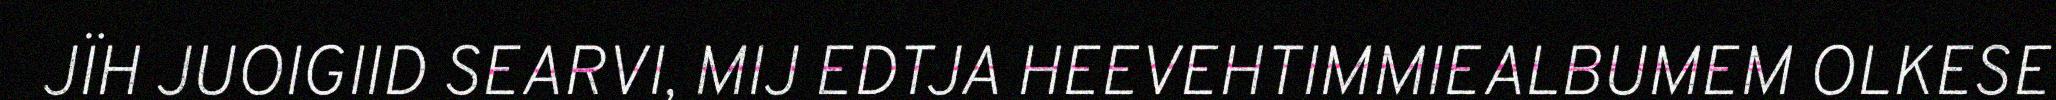
JÏH JUOIGIID SEARVI, MIJ EDTJA HEEVEHTIMMIEALBUMEM OLKESE